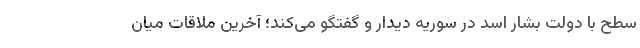
سطح با دولت بشار اسد در سوریه دیدار و گفتگو می‌کند؛ آخرین ملاقات میان